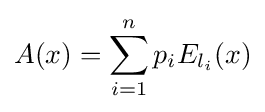
A(x)=\sum _{i=1}^{n}p_{i}E_{l_{i}}(x)